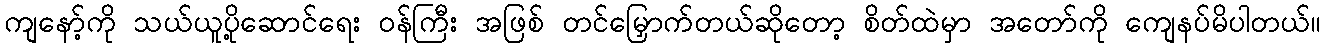
ကျနော့်ကို သယ်ယူပို့ဆောင်ရေး ဝန်ကြီး အဖြစ် တင်မြှောက်တယ်ဆိုတော့ စိတ်ထဲမှာ အတော်ကို ကျေနပ်မိပါတယ်။